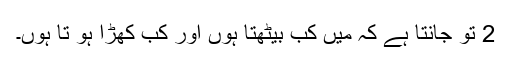
2 تُو جانتا ہے کہ میں کب بیٹھتا ہوں اور کب کھڑا ہو تا ہوں۔